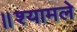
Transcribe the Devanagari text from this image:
॥श्यामले